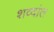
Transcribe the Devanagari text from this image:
शव्दांत